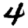
Digit: 4